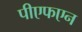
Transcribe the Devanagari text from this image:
पीएफएन